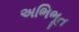
અભિભૂત